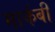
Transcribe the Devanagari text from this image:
मार्कबी